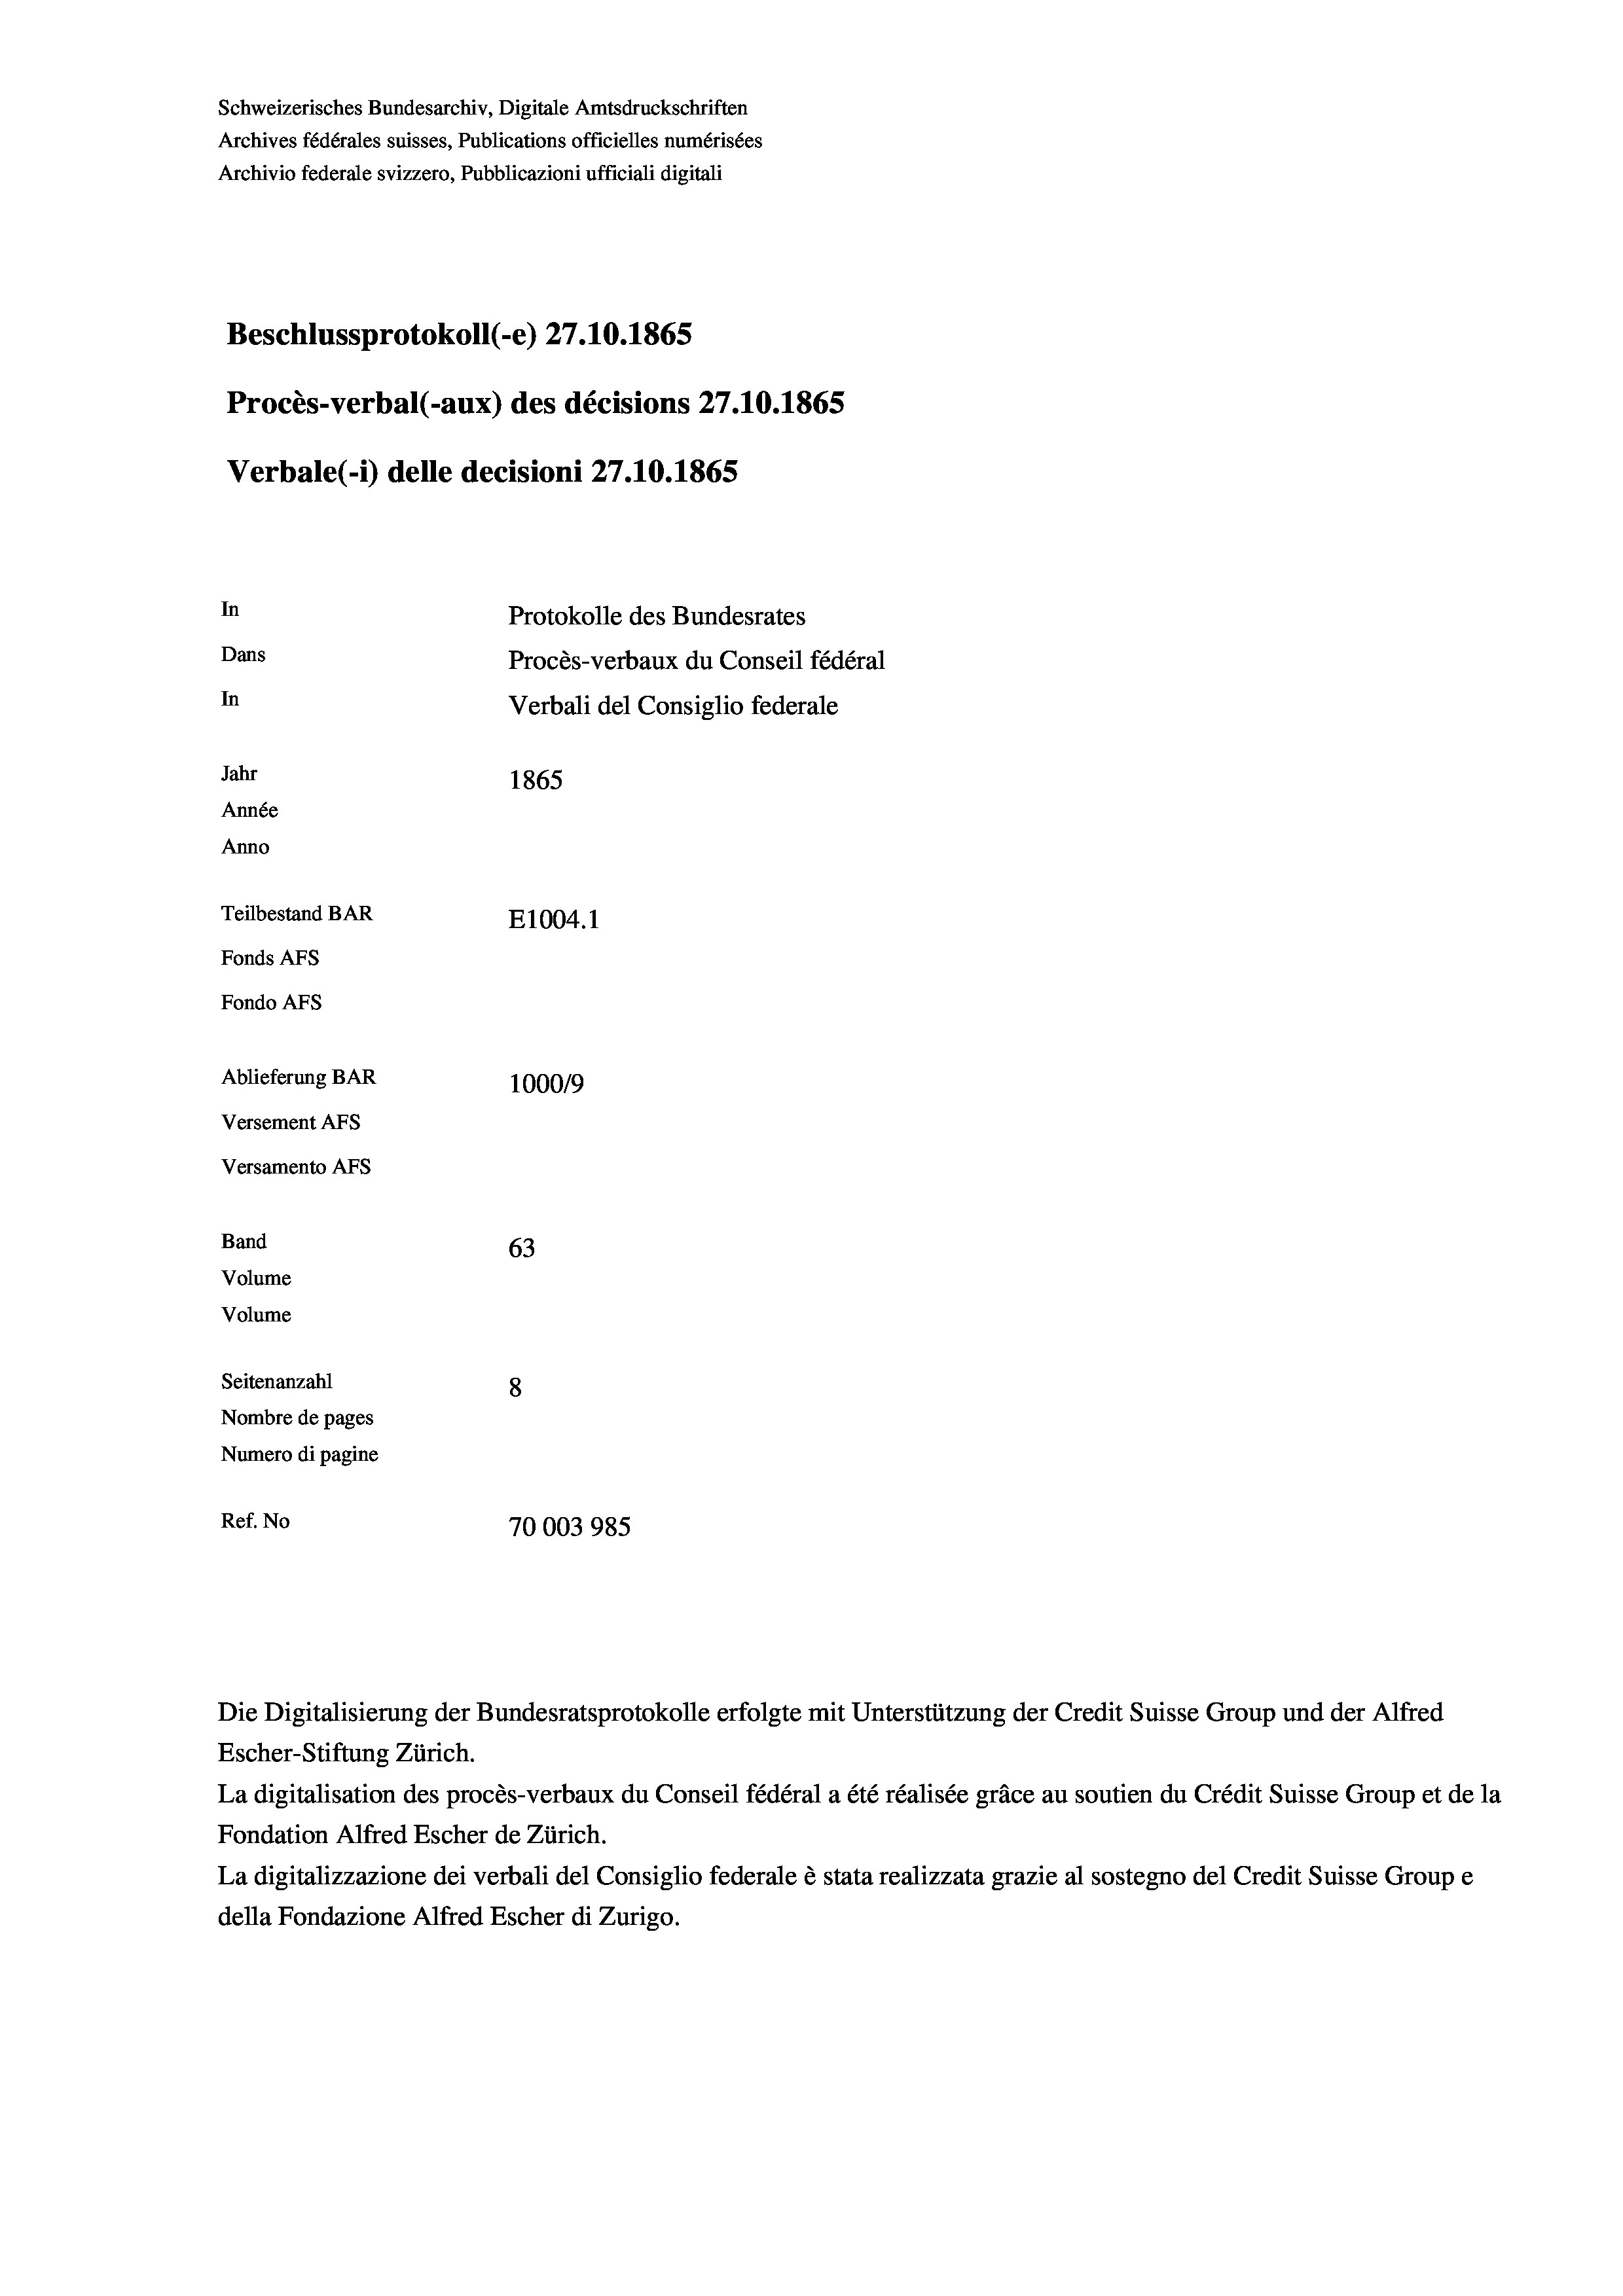
Schweizerisches Bundesarchiv, Digitale Amtsdruckschriften
Archives fédérales suisses, Publications officielles numérisées
Beschlussprotokoll (-e) 27.10.1865
Procès-verbal (-aux) des décisions 27.10.1865
Verbale(*) delle decisioni 27.10.1865
In
Protokolle des Bundesrates
Dans
Procès-verbaux du Conseil fédéral
In
Verbali del Consiglio federale
Jahr
1865
Année
Anno
Teilbestand BAR
E1004. 1
Fonds Afs
Fondo AFS

Ablieferung BAR
Versement AFS
Versamento Afs
Band
63
Volume
Volume
Seitenanzahl
8
Nombre de pages
Numero di pagine

100019
Ref. No
70003985

Archivio federale svizzero, Pubblicazioni ufficiali digitali

Escher-Stiftung Zürich.
La digitalisation des procès-verbaux du Conseil fédéral a été réalisée gräce au soutien du Crédit Suisse Group et de la
Fondation Alfred Escher de Zürich.
La digitalizzazione dei verbali del Consiglio federale è stata realizzata grazie al sostegno del Credit Suisse Groupe
della Fondazione Alfred Escher di Zurigo.

Die Digitalisierung der Bundesratsprotokolle erfolgte mit Unterstützung der Credit Suisse Group und der Alfred